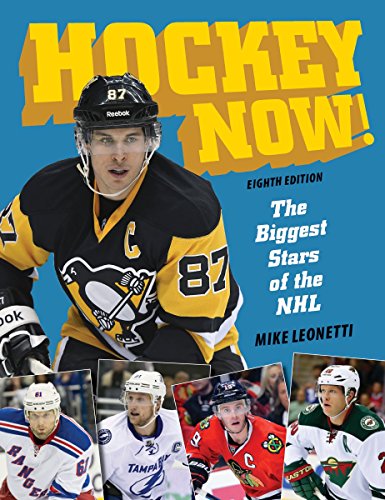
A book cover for Hockey Now!: The Biggest Stars of the NHL; Mike Leonetti; Biographies & Memoirs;